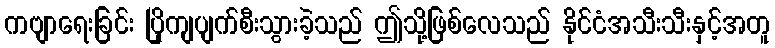
ကဗျာရေးခြင်း ပြိုကျပျက်စီးသွားခဲ့သည် ဤသို့ဖြစ်လေသည် နိုင်ငံအသီးသီးနှင့်အတူ